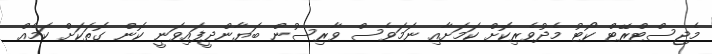
މެޖިސްޓްރޭޓް ކޯޓު މެދުވެރިކޮށް ކަމަށާއި ނަމަވެސް ވާރިސުން ބަޔާންދީފައިވަނީ ކޮން ގޮތަކަށް ކަމެއް